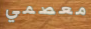
معصمي